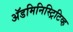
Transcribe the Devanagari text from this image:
अॅडमिनिस्ट्रिटिव्ह